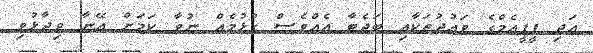
އަދި ޕީޕީއެމްގެ ވައުދުތަކާއި ބަޖެޓާ އެއްވެސް ގުޅުމެއް ނުވާ ކަމަށް އޭނާ ވިދާޅުވި